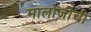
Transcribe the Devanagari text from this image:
मालोजीची